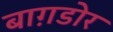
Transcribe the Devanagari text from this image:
बाग़डोर